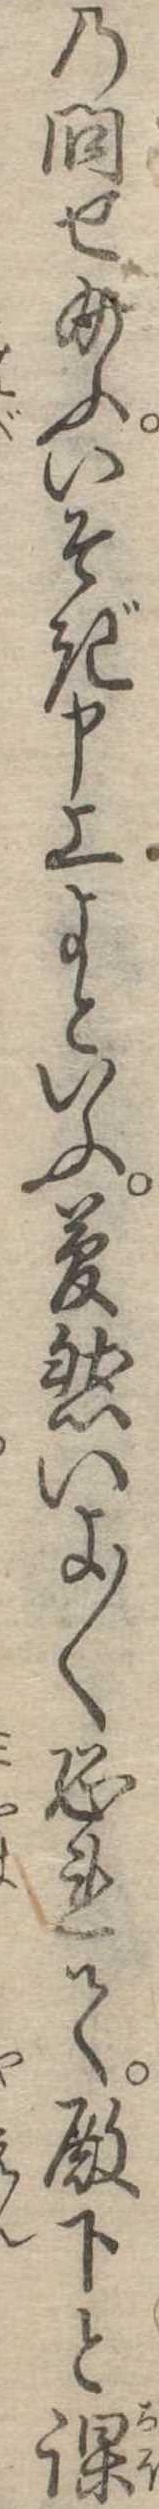
の問せ給ふいそぎ申上よといふ夢然いよ〱恐れて殿下と課